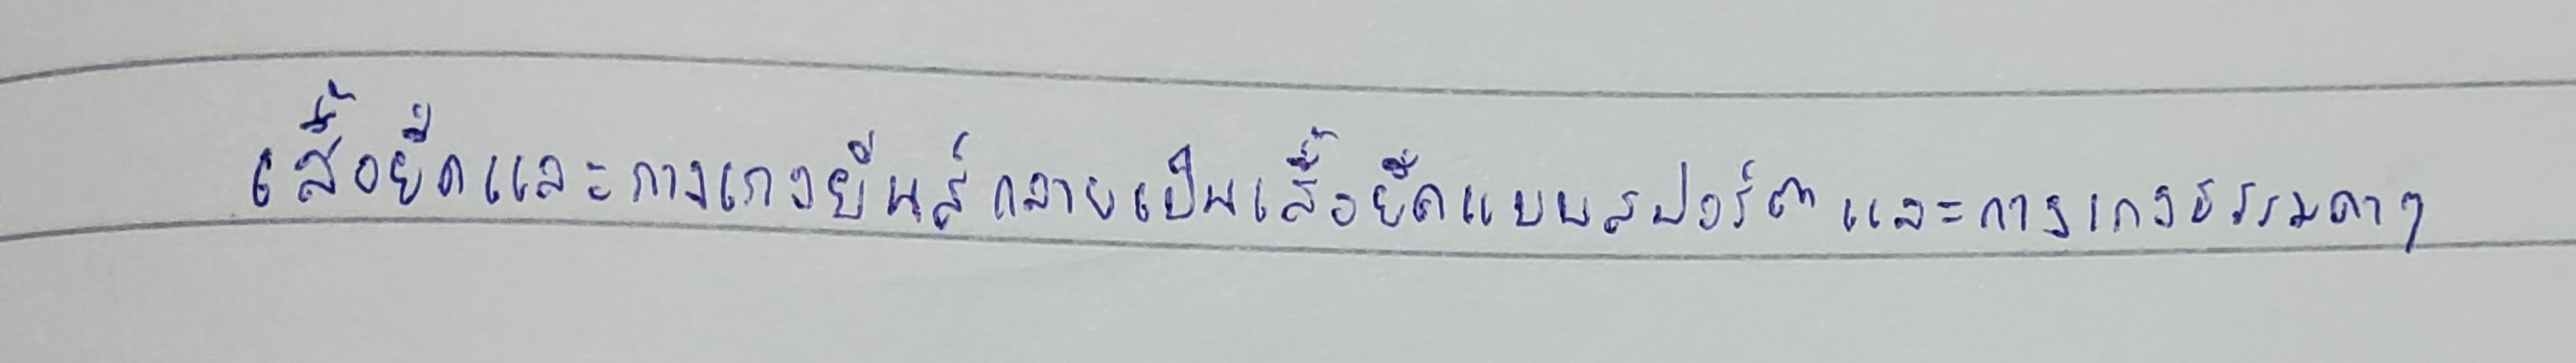
เสื้อยืดและกางเกงยีนส์กลายเป็นเสื้อยืดแบบสปอร์ตและกางเกงธรรมดาๆ